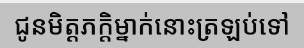
ជូនមិត្តភក្តិម្នាក់នោះត្រឡប់ទៅ